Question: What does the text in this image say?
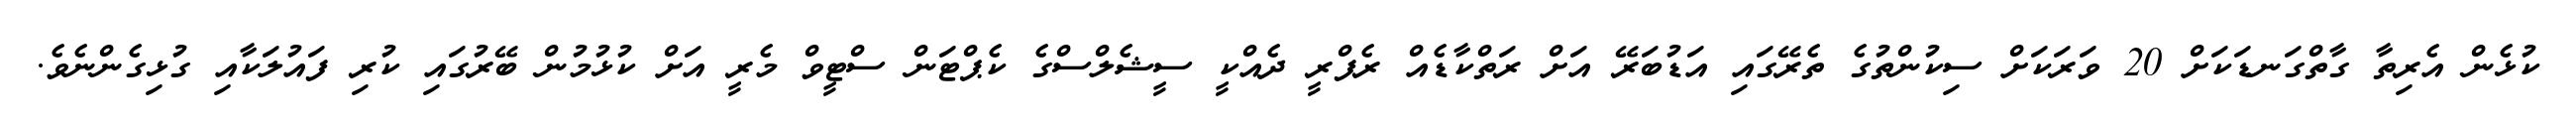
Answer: ކުޅެން އެރިތާ ގާތްގަނޑަކަށް 20 ވަރަކަށް ސިކުންތުގެ ތެރޭގައި އަޑުބަރޭ އަށް ރަތްކާޑެއް ރެފްރީ ދެއްކީ ސީޝެލްސްގެ ކެޕްޓަން ސްޓީވް މެރީ އަށް ކުޅުމުން ބޭރުގައި ކުރި ފައުލަކާއި ގުޅިގެންނެވެ.